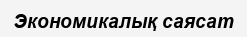
Экономикалық саясат